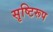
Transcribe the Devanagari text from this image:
सृष्टिरूप